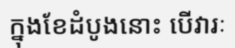
ក្នុងខែដំបូងនោះ បើវារៈ